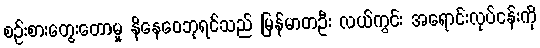
စဉ်းစားတွေးတောမှု နိနေဝေဘုရင်သည် မြန်မာတဦး လယ်ကွင်း အရောင်းလုပ်ငန်းကို